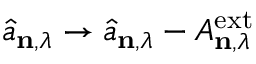
\hat { a } _ { \mathbf { n } , \lambda } \rightarrow \hat { a } _ { \mathbf { n } , \lambda } - A _ { \mathbf { n } , \lambda } ^ { \mathrm { e x t } }